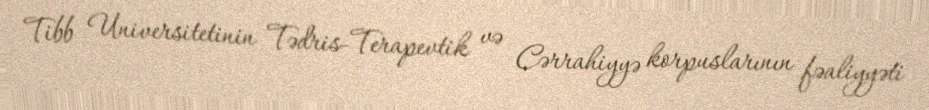
Tibb Universitetinin Tədris-Terapevtik və Cərrahiyyə korpuslarının fəaliyyəti